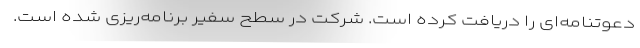
دعوتنامه‌ای را دریافت کرده است. شرکت در سطح سفیر برنامه‌ریزی شده است.